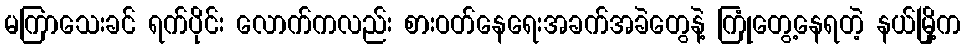
မကြာသေးခင် ရက်ပိုင်း လောက်ကလည်း စားဝတ်နေရေးအခက်အခဲတွေနဲ့ ကြုံတွေ့နေရတဲ့ နယ်မြို့က